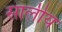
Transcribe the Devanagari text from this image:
सालीय